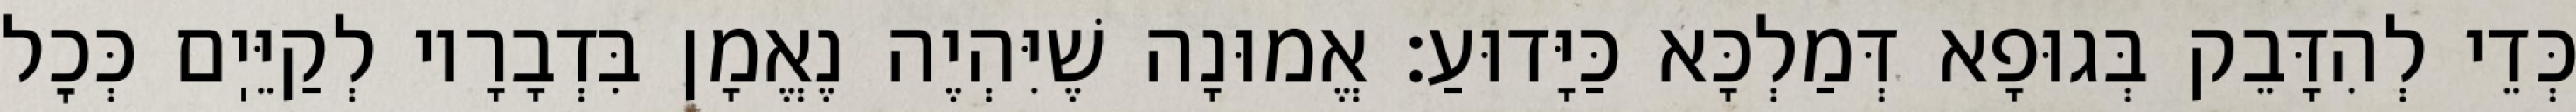
כְּדֵי לְהִדָּבֵק בְּגוּפָא דְּמַלְכָּא כַּיָּדוּעַ: אֱמוּנָה שֶׁיִּהְיֶה נֶאֱמָן בִּדְבָרָיו לְקַיֵּיֽם כְּכׇל